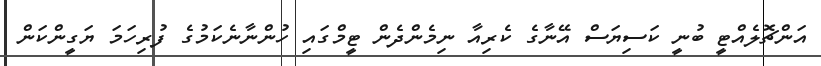
އަންޗޮލެއްޓީ ބުނީ ކަސިޔަސް އޭނާގެ ކެރިއާ ނިމެންދެން ޓީމްގައި ހުންނާނެކަމުގެ ފުރިހަމަ ޔަގީންކަން